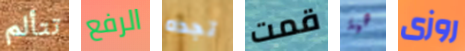
تتألم الرفع تجده قمت هية روزى